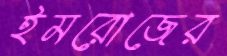
ইমরোজের